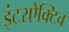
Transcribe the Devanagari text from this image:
इंटरऐक्टिव